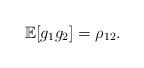
LaTeX: \begin{align*}\mathbb{E}[g_1g_2]=\rho_{12}.\end{align*}